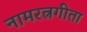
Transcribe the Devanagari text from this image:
नामरत्नगीता